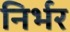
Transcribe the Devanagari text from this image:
निर्भर